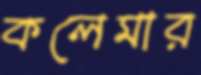
কলেমার